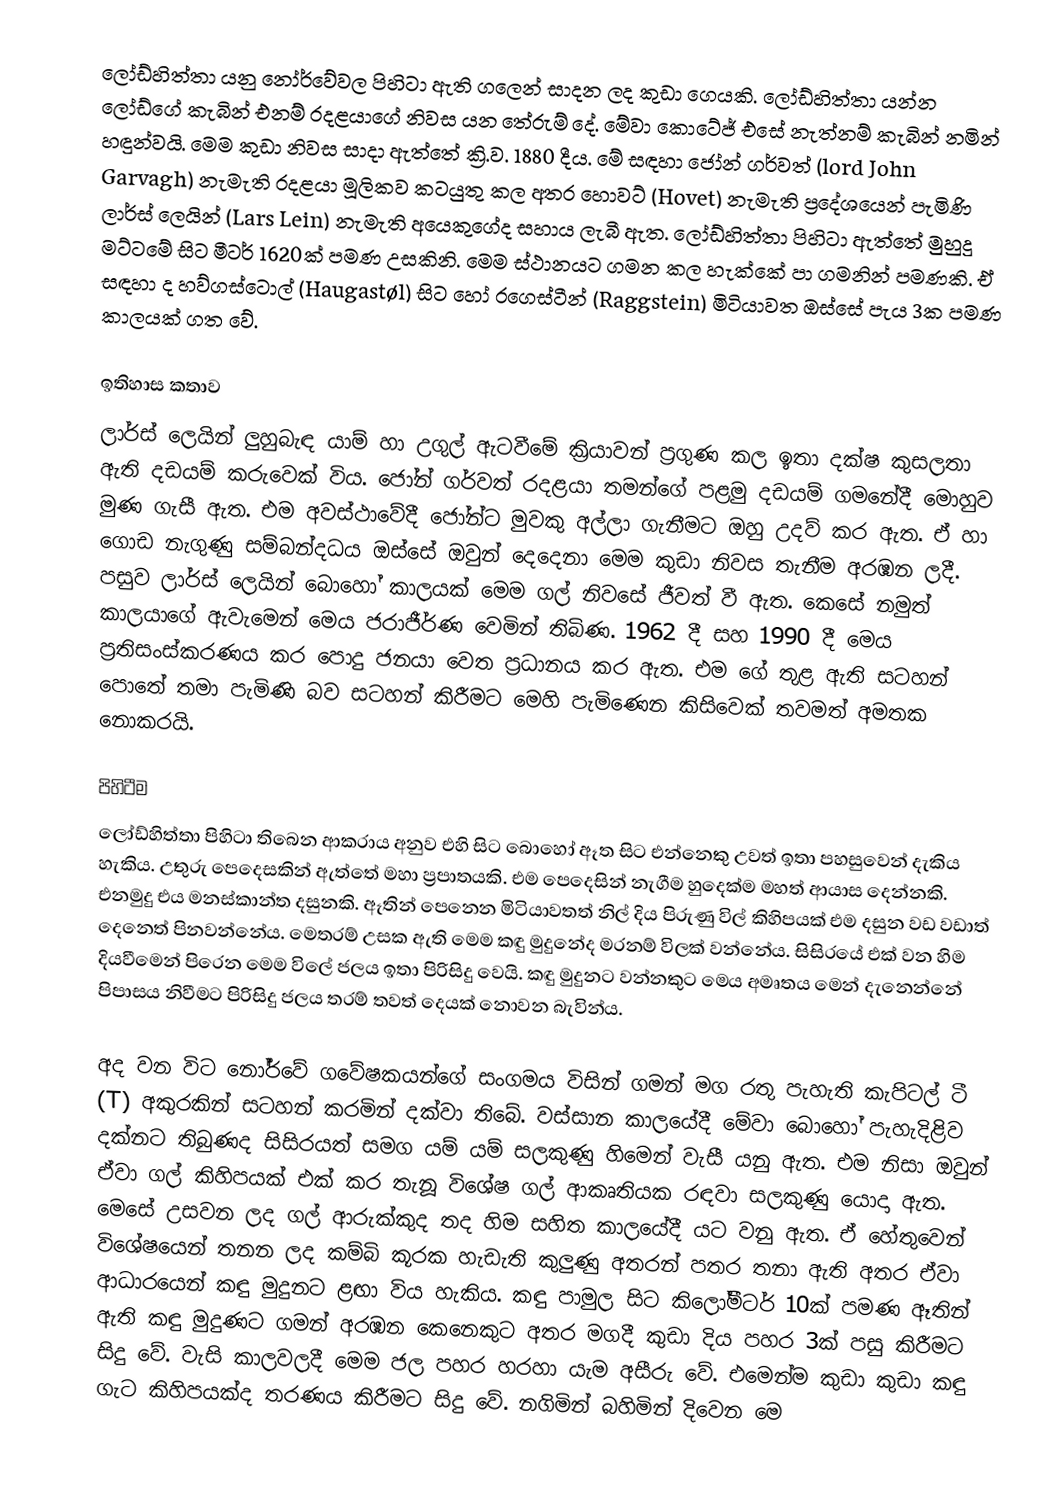
ලෝඩ්හිත්තා යනු නෝර්වේවල පිහිටා ඇති ගලෙන් සාදන ලද කුඩා ගෙයකි. ලෝඩ්හිත්තා යන්න ලෝඩ්ගේ කැබින් එනම් රදළයාගේ නිවස යන තේරුම් දේ. මේවා කොටේජ් එසේ නැත්නම් කැබින් නමින් හඳුන්වයි. මෙම කුඩා නිවස සාදා ඇත්තේ ක්‍රි.ව. 1880 දීය. මේ සඳහා ජෝන් ගර්වත් (lord John Garvagh) නැමැති රදළයා මූලිකව කටයුතු කල අතර හොවට් (Hovet) නැමැති ප්‍රදේශයෙන් පැමිණි ලාර්ස් ලෙයින් (Lars Lein) නැමැති අයෙකුගේද සහාය ලැබී ඇත. ලෝඩ්හිත්තා පිහිටා ඇත්තේ මුහුදු මට්ටමේ සිට මීටර් 1620ක් පමණ උසකිනි. මෙම ස්ථානයට ගමන කල හැක්කේ පා ගමනින් පමණකි. ඒ සඳහා ද හව්ගස්ටොල් (Haugastøl) සිට හෝ රගෙස්ටීන් (Raggstein) මිටියාවත ඔස්සේ පැය 3ක පමණ කාලයක් ගත වේ.

ඉතිහාස කතාව
ලාර්ස් ලෙයින් ලුහුබැඳ යාම් හා උගුල් ඇටවීමේ ක්‍රියාවන් ප්‍රගුණ කල ඉතා දක්ෂ කුසලතා ඇති දඩයම් කරුවෙක් විය. ජෝන් ගර්වත් රදළයා තමන්ගේ පළමු දඩයම් ගමනේදී මොහුව මුණ ගැසී ඇත. එම අවස්ථාවේදී ජෝන්ට මුවකු අල්ලා ගැනීමට ඔහු උදව් කර ඇත. ඒ හා ගොඩ නැගුණු සම්බන්දධය ඔස්සේ ඔවුන් දෙදෙනා මෙම කුඩා නිවස තැනීම අරඹන ලදී. පසුව ලාර්ස් ලෙයින් බොහෝ කාලයක් මෙම ගල් නිවසේ ජීවත් වී ඇත. කෙසේ නමුත් කාලයාගේ ඇවැමෙන් මෙය ජරාජීර්ණ වෙමින් තිබිණ. 1962 දී සහ 1990 දී මෙය ප්‍රතිසංස්කරණය කර පොදු ජනයා වෙත ප්‍රධානය කර ඇත. එම ගේ තුළ ඇති සටහන් පොතේ තමා පැමිණි බව සටහන් කිරීමට මෙහි පැමිණෙන කිසිවෙක් තවමත් අමතක නොකරයි.

පිහිටීම
ලෝඩ්හිත්තා පිහිටා තිබෙන ආකරාය අනුව එහි සිට බොහෝ ඈත සිට එන්නෙකු උවත් ඉතා පහසුවෙන් දැකිය හැකිය. උතුරු පෙදෙසකින් ඇත්තේ මහා ප්‍රපාතයකි. එම පෙදෙසින් නැගීම හුදෙක්ම මහත් ආයාස දෙන්නකි. එනමුදු එය මනස්කාන්ත දසුනකි. ඈතින් පෙනෙන මිටියාවතත් නිල් දිය පිරුණු විල් කිහිපයක් එම දසුන වඩ වඩාත් දෙනෙත් පිනවන්නේය. මෙතරම් උසක ඇති මෙම කඳු මුදුනේද මරනම් විලක් වන්නේය. සිසිරයේ එක් වන හිම දියවීමෙන් පිරෙන මෙම විලේ ජලය ඉතා පිරිසිදු වෙයි. කඳු මුදුනට වන්නකුට මෙය අමෘතය මෙන් දැනෙන්නේ පිපාසය නිවීමට පිරිසිදු ජලය තරම් තවත් දෙයක් නොවන බැවින්ය.

අද වන විට නෝර්වේ ගවේෂකයන්ගේ සංගමය විසින් ගමන් මග රතු පැහැති කැපිටල් ටී (T) අකුරකින් සටහන් කරමින් දක්වා තිබේ. වස්සාන කාලයේදී මේවා බොහෝ පැහැදිළිව දක්නට තිබුණද සිසිරයත් සමග යම් යම් සලකුණු හිමෙන් වැසී යනු ඇත. එම නිසා ඔවුන් ඒවා ගල් කිහිපයක් එක් කර තැනූ විශේෂ ගල් ආකෘතියක රඳවා සලකුණු යොදා ඇත. මෙසේ උසවන ලද ගල් ආරුක්කුද තද හිම සහිත කාලයේදී යට වනු ඇත. ඒ හේතුවෙන් විශේෂයෙන් තනන ලද කම්බි කූරක හැඩැති කුලුණු අතරන් පතර තනා ඇති අතර ඒවා ආධාරයෙන් කඳු මුදුනට ළඟා විය හැකිය. කඳු පාමුල සිට කිලෝමීටර් 10ක් පමණ ඈතින් ඇති කඳු මුදුණට ගමන් අරඹන කෙනෙකුට අතර මගදී කුඩා දිය පහර 3ක් පසු කිරීමට සිදු වේ. වැසි කාලවලදී මෙම ජල පහර හරහා යැම අසීරු වේ. එමෙන්ම කුඩා කුඩා කඳු ගැට කිහිපයක්ද තරණය කිරීමට සිදු වේ. නගිමින් බහිමින් දිවෙන මෙ